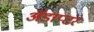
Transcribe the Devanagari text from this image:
ॲडाप्टर